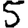
Digit: 5